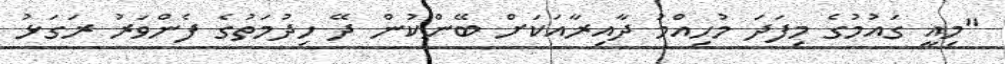
"މިއީ ގައުމުގެ މިފަދަ މުހިއްމު ދާއިރާއަކަށް ބޭންކުން ދޭ ހިދުމަތުގެ ފެންވަރު ރަގަޅު